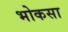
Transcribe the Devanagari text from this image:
भोकसा